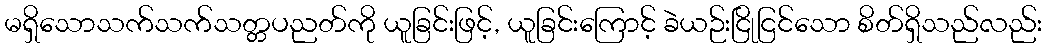
မရှိသောသက်သက်သတ္တပညတ်ကို ယူခြင်းဖြင့်, ယူခြင်းကြောင့် ခဲယဉ်းငြိုငြင်သော စိတ်ရှိသည်လည်း